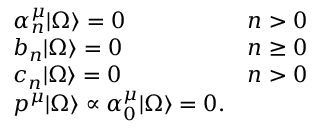
\left. \begin{array} { l c } { { \alpha _ { n } ^ { \mu } | \Omega \rangle = 0 } } & { { n > 0 } } \\ { { b _ { n } | \Omega \rangle = 0 } } & { { n \ge 0 } } \\ { { c _ { n } | \Omega \rangle = 0 } } & { { n > 0 } } \\ { { p ^ { \mu } | \Omega \rangle \propto \alpha _ { 0 } ^ { \mu } | \Omega \rangle = 0 . } } & { { } } \end{array} \right.